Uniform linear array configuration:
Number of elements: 8
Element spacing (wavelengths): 0.5
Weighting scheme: blackman
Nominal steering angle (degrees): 30
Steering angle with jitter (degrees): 28.666
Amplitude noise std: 0.05
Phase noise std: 0.05

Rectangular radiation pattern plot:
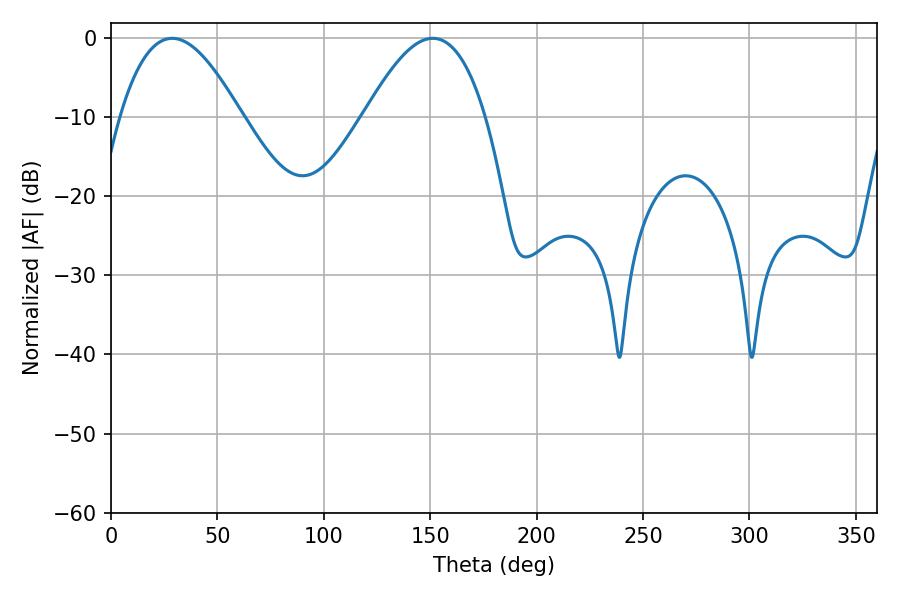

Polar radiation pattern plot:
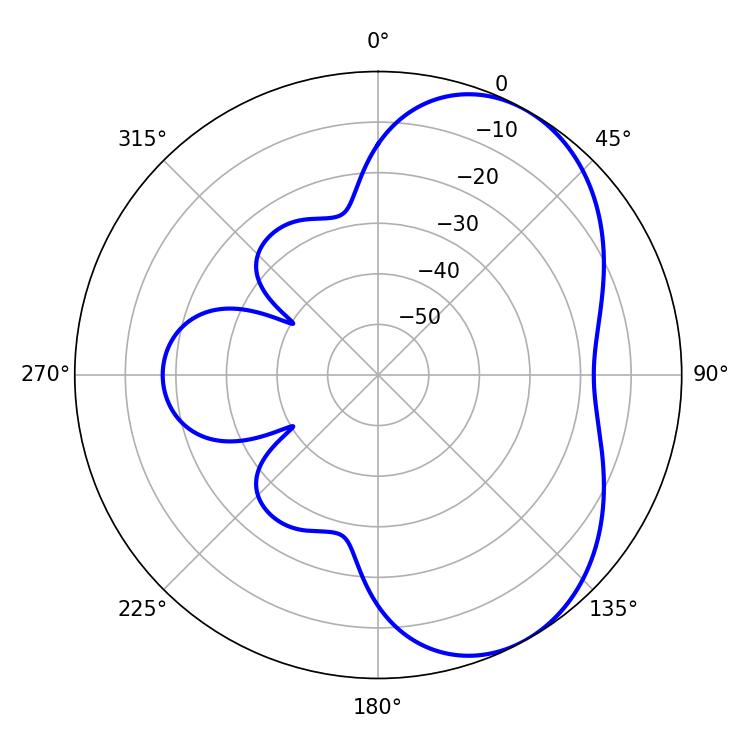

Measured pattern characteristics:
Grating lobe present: FALSE
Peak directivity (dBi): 5.238
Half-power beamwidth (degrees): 30.96
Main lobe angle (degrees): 28.8